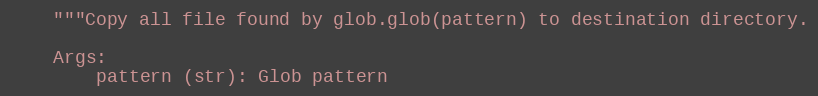
Language: Python
    """Copy all file found by glob.glob(pattern) to destination directory.

    Args:
        pattern (str): Glob pattern